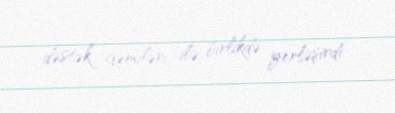
dəstək gəmiləri ilə birlikdə yerləşirdi.